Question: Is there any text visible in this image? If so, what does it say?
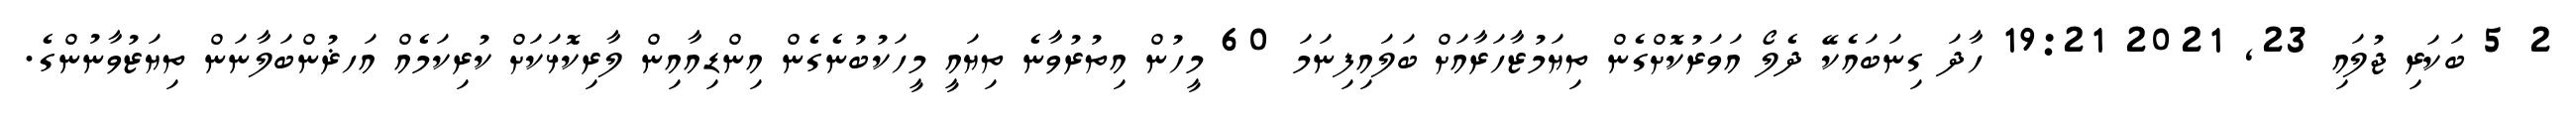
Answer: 2 5 ބަކަރި ޖުލައި 23, 2021 19:21 ހާދަ ގިނަބައެކޭ ދެލޯ އަވަރުކޮށްގެން ތިޔަމުޒާހަރާއަށް ބަލައިފިނަމަ 60 މީހުން އިތުރުވާނެ ތިޔައީ މީހަކުބުނެގެން އިންޑިއާއިން ލާރިކޮޅަކަށް ކުރިކަމެއް އަހޜުންބަލާނަން ތިޔަޒުވާނުންގެ.